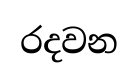
රදවන